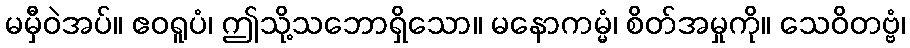
မမှီဝဲအပ်။ ဧဝရူပံ၊ ဤသို့သဘောရှိသော။ မနောကမ္မံ၊ စိတ်အမှုကို။ သေဝိတဗ္ဗံ၊